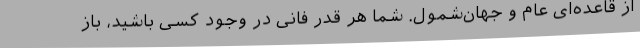
از قاعده‌ای عام و جهان‌شمول. شما هر قدر فانیِ در وجود کسی باشید، باز